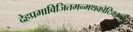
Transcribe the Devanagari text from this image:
देहप्रभाविजितमन्मथकोटिकान्तेः